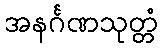
အနင်္ဂဏသုတ္တံ